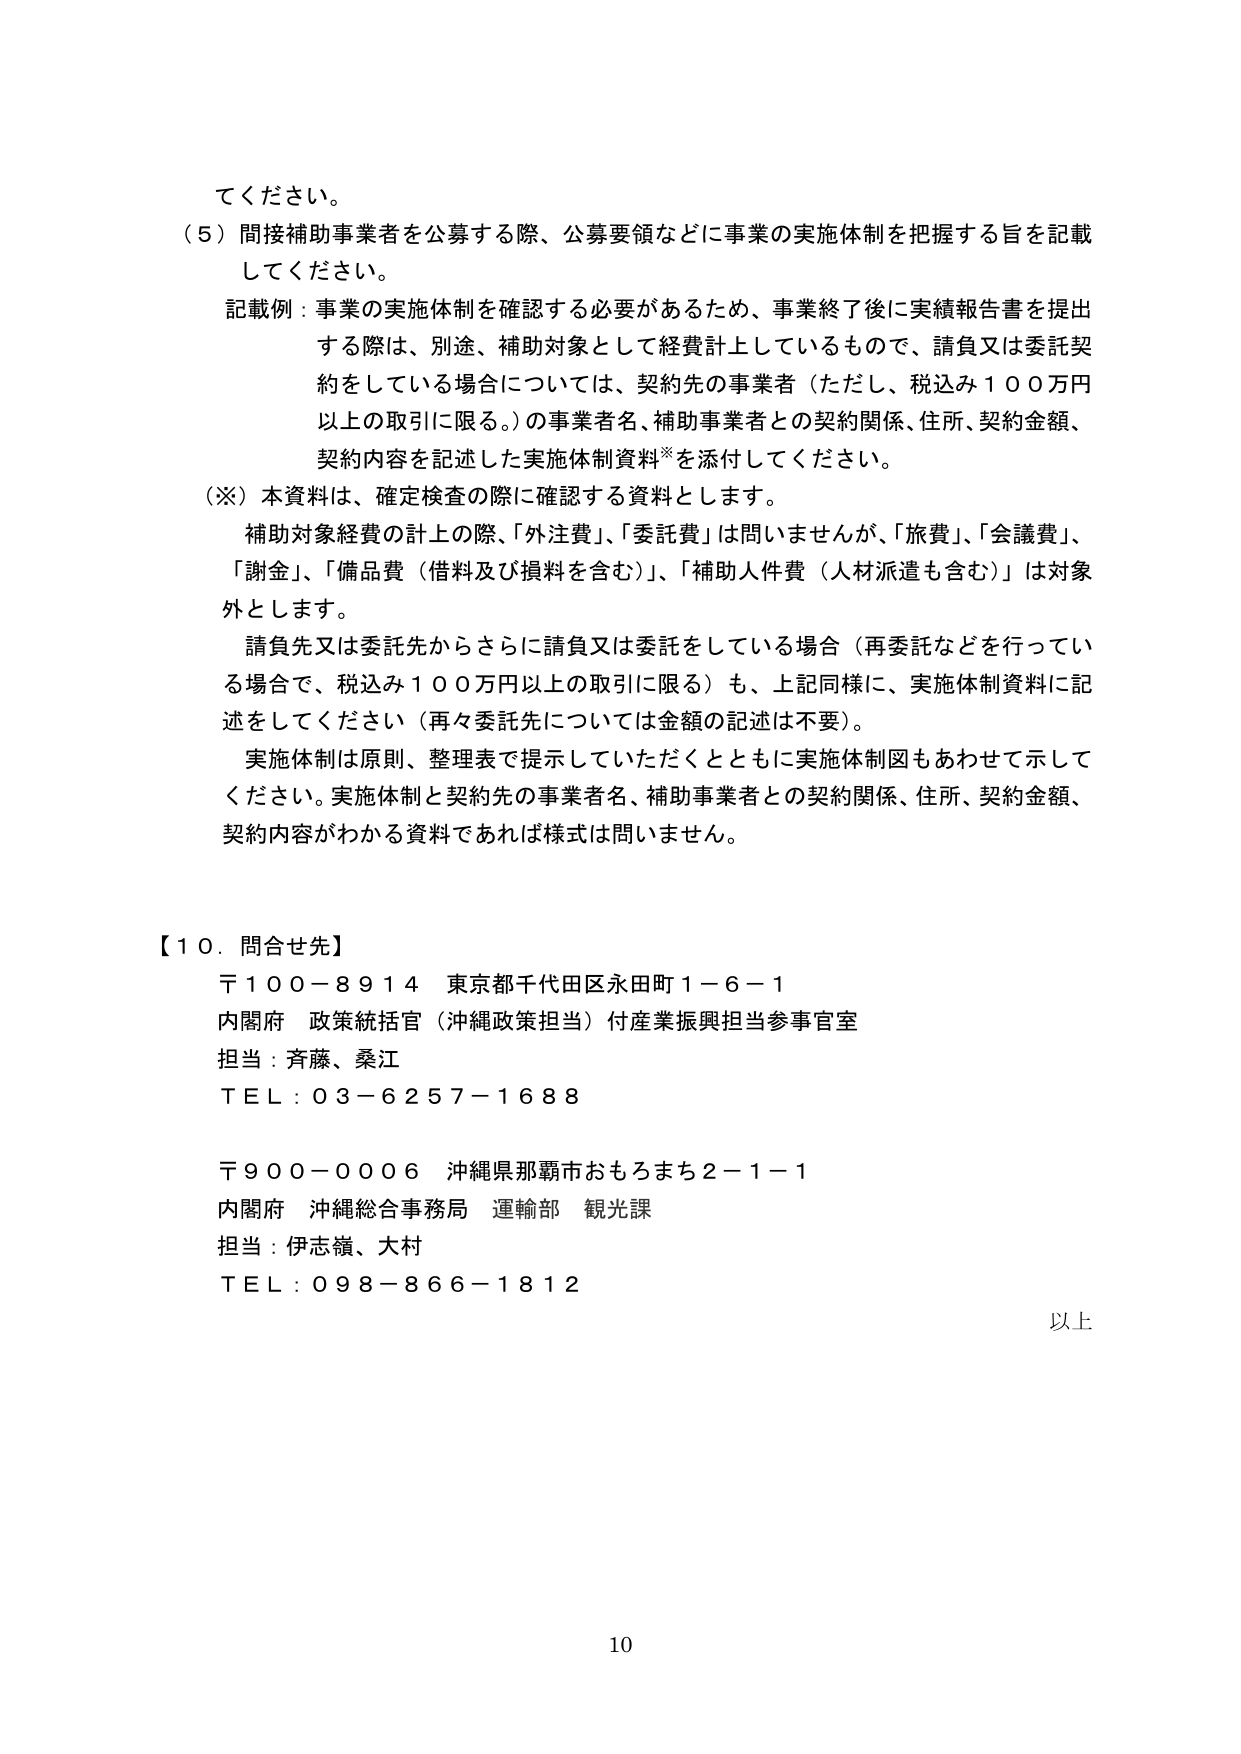
てください。

（５）間接補助事業者を公募する際、公募要領などに事業の実施体制を把握する旨を記載してください。

記載例：事業の実施体制を確認する必要があるため、事業終了後に実績報告書を提出する際は、別途、補助対象として経費計上しているもので、請負又は委託契約をしている場合については、契約先の事業者（ただし、税込み１００万円以上の取引に限る。）の事業者名、補助事業者との契約関係、住所、契約金額、契約内容を記述した実施体制資料※を添付してください。

（※）本資料は、確定検査の際に確認する資料とします。

補助対象経費の計上の際、「外注費」、「委託費」は問いませんが、「旅費」、「会議費」、「謝金」、「備品費（借料及び損料を含む）」、「補助人件費（人材派遣も含む）」は対象外とします。

請負先又は委託先からさらに請負又は委託をしている場合（再委託などを行っている場合で、税込み１００万円以上の取引に限る）も、上記同様に、実施体制資料に記述をしてください（再々委託先については金額の記述は不要）。

実施体制は原則、整理表で提示していただくとともに実施体制図もあわせて示してください。実施体制と契約先の事業者名、補助事業者との契約関係、住所、契約金額、契約内容がわかる資料であれば様式は問いません。

【１０．問合せ先】

〒１００－８９１４ 東京都千代田区永田町１－６－１
内閣府 政策統括官（沖縄政策担当）付産業振興担当参事官室
担当：斉藤、桑江
ＴＥＬ：０３－６２５７－１６８８

〒９００－０００６ 沖縄県那覇市おもろまち２－１－１
内閣府 沖縄総合事務局 運輸部 観光課
担当：伊志嶺、大村
ＴＥＬ：０９８－８６６－１８１２

以上

10